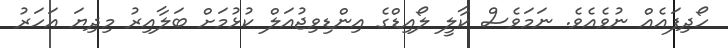
ހޯދިފައެއް ނުވެއެވެ. ނަމަވެސް ކާލީ ލޯއިޑްގެ އިންޑިވިޖުއަލް ކުޅުމަށް ބަލާއިރު މިދިޔަ އަހަރު